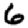
Digit: 6